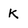
Character: K